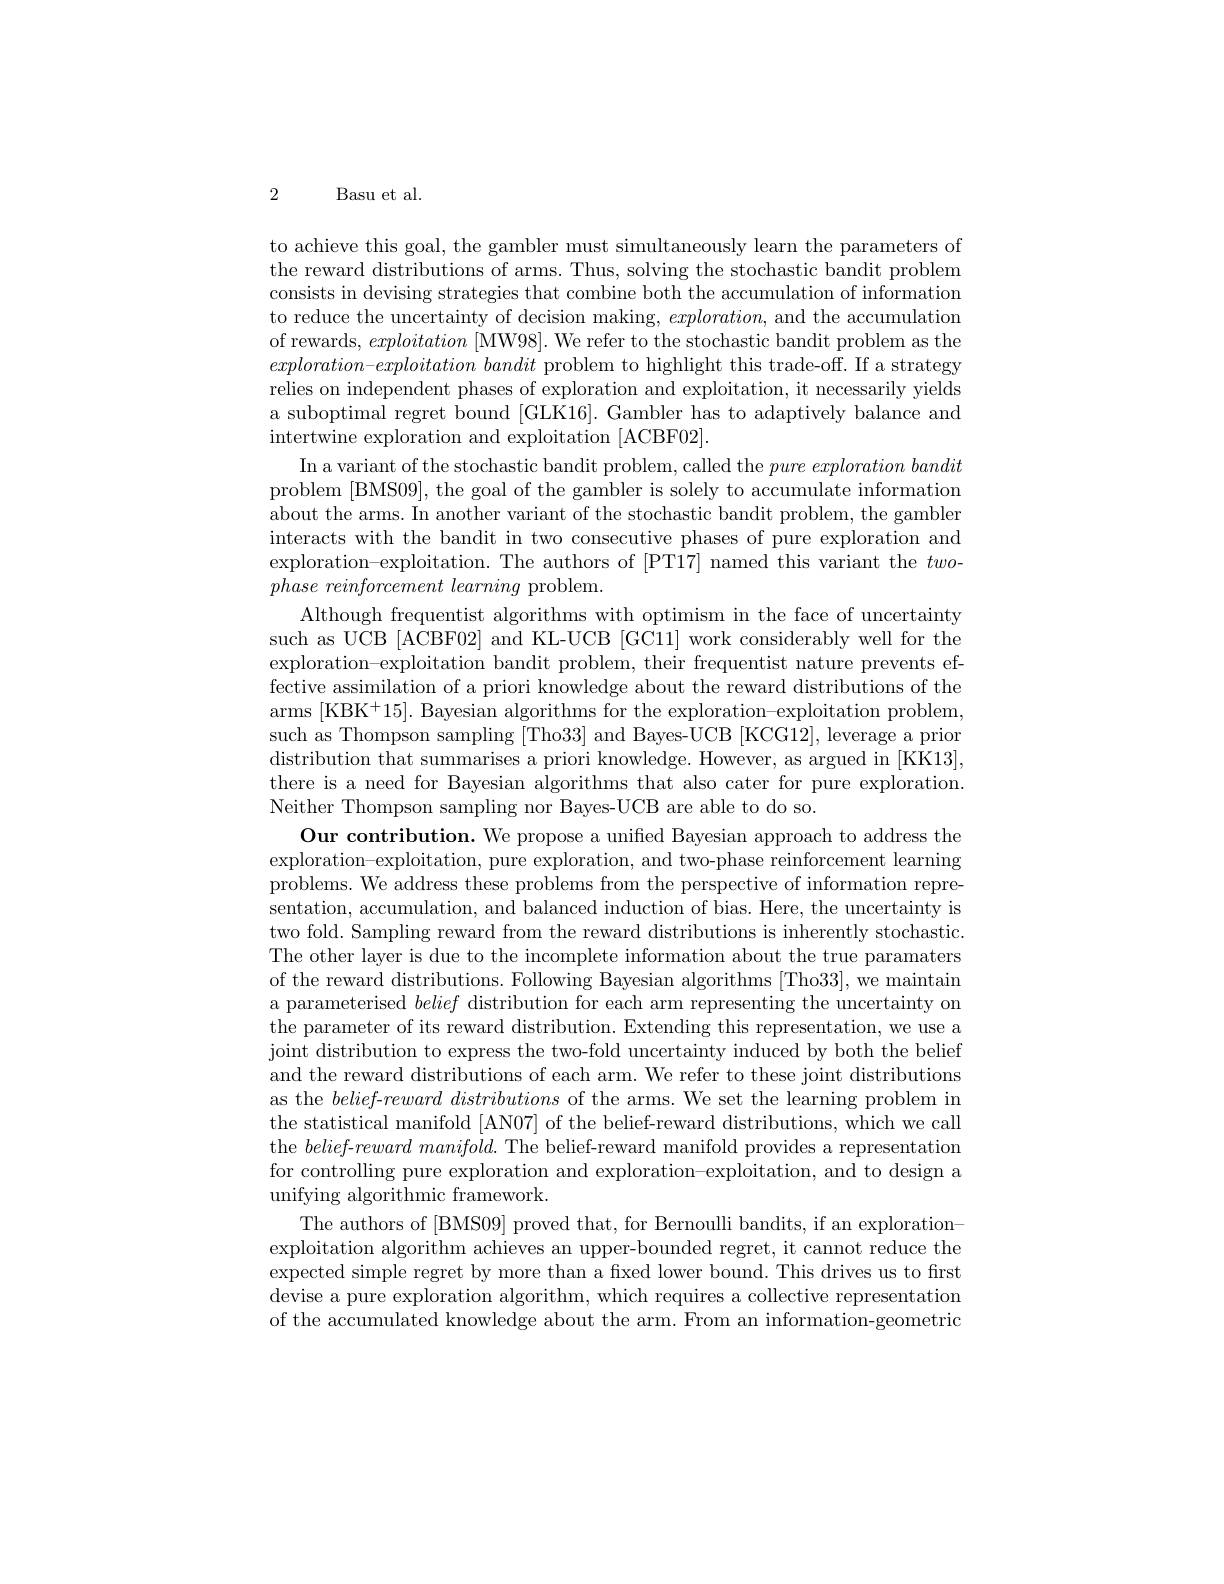
2

Basu et al.

to achieve this goal, the gambler must simultaneously learn the parameters of the reward distributions of arms. Thus, solving the stochastic bandit problem consists in devising strategies that combine both the accumulation of information to reduce the uncertainty of decision making, $exploration$, and the accumulation of rewards, exploitation [MW98]. We refer to the stochastic bandit problem as the $exploration- exploitation\textit{ bandit problem to highlight this trade- off. If a strategy}$ relies on independent phases of exploration and exploitation, it necessarily yields a suboptimal regret bound [GLK16]. Gambler has to adaptively balance and intertwine exploration and exploitation [ACBF02].
In a variant of the stochastic bandit problem, called the $pure\textit{exploration bandit}$ problem [BMS09], the goal of the gambler is solely to accumulate information about the arms. In another variant of the stochastic bandit problem, the gambler interacts with the bandit in two consecutive phases of pure exploration and exploration-exploitation. The authors of [PT17] named this variant the two- $phase\textit{reinforcement learning problem}.$
Although frequentist algorithms with optimism in the face of uncertainty such as UCB [ACBF02] and KL-UCB [GC11] work considerably well for the exploration-exploitation bandit problem, their frequentist nature prevents effective assimilation of a priori knowledge about the reward distributions of the arms [KBK$^+15].$ Bayesian algorithms for the exploration-exploitation problem, such as Thompson sampling [Tho33] and Bayes-UCB [KCG12], leverage a prior distribution that summarises a priori knowledge. However, as argued in [KK13], there is a need for Bayesian algorithms that also cater for pure exploration. Neither Thompson sampling nor Bayes-UCB are able to do so.
Our contribution. We propose a unified Bayesian approach to address the exploration-exploitation, pure exploration, and two-phase reinforcement learning problems. We address these problems from the perspective of information representation, accumulation, and balanced induction of bias. Here, the uncertainty is two fold. Sampling reward from the reward distributions is inherently stochastic. The other layer is due to the incomplete information about the true paramaters of the reward distributions. Following Bayesian algorithms [Tho33], we maintain a parameterised belief distribution for each arm representing the uncertainty on the parameter of its reward distribution. Extending this representation, we use a joint distribution to express the two-fold uncertainty induced by both the belief and the reward distributions of each arm. We refer to these joint distributions as the $belief-reward$ distributions of the arms. We set the learning problem in the statistical manifold [AN07] of the belief-reward distributions, which we call the belief-$rewardmanifold.$ The belief-reward manifold provides a representation for controlling pure exploration and exploration-exploitation, and to design a unifying algorithmic framework.
The authors of [BMS09] proved that, for Bernoulli bandits, if an explorationexploitation algorithm achieves an upper-bounded regret, it cannot reduce the expected simple regret by more than a fixed lower bound. This drives us to first devise a pure exploration algorithm, which requires a collective representation of the accumulated knowledge about the arm. From an information-geometric